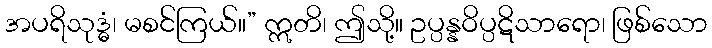
အပရိသုဒ္ဓံ၊ မစင်ကြယ်။” ဣတိ၊ ဤသို့။ ဥပ္ပန္နဝိပ္ပဋိသာရော၊ ဖြစ်သော